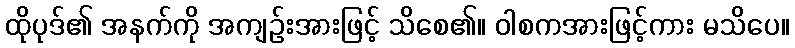
ထိုပုဒ်၏ အနက်ကို အကျဉ်းအားဖြင့် သိစေ၏။ ဝါစကအားဖြင့်ကား မသိပေ။